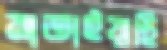
মাতাইয়াছি